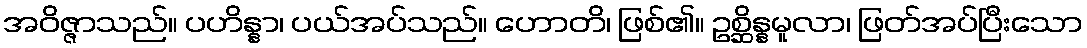
အဝိဇ္ဇာသည်။ ပဟိန္နာ၊ ပယ်အပ်သည်။ ဟောတိ၊ ဖြစ်၏။ ဥစ္ဆိန္နမူလာ၊ ဖြတ်အပ်ပြီးသော